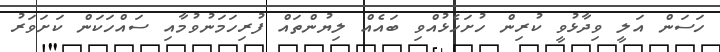
ހަސަން އަލީ ވިދާޅުވީ ކުރިން ހުށަހެޅުއްވި ބައެއް ލިޔުންތައް ފުރިހަމަނުވުމާއި ސައްހަކަން ކަށަވަރު